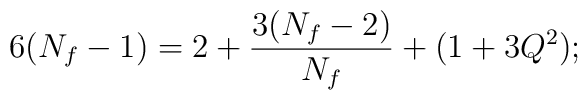
6(N_f-1)=2+{3(N_f-2)\over{N_f}}+(1+3Q^2);